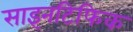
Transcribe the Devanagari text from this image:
साइनटिफिक